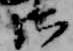
御